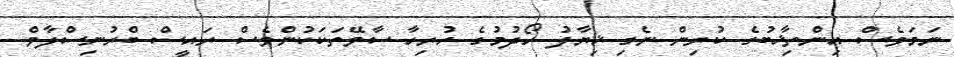
ނަމަވެސް އިންތިޚާބުގެ ކުރިން ނެގި ޚިޔާލު ހޯދުމުގެ ހުރިހާ ސާވޭތަކަކުންވެސްް ރައީސް ބްރުނިސްލާވް